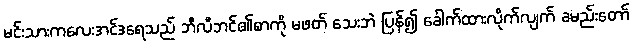
မင်းသားကလေးအင်ဒရေသည် ဘီလီဘင်၏စာကို မဖတ် သေးဘဲ ပြန်၍ ခေါက်ထားလိုက်လျက် ခမည်းတော်